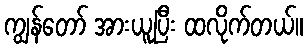
ကျွန်တော် အားယူပြီး ထလိုက်တယ်။